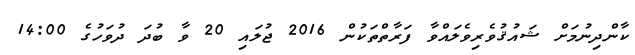
ކާންދިނުމަށް ޝައުޤުވެރިވެލައްވާ ފަރާތްތަކުން 2016 ޖުލައި 20 ވާ ބުދަ ދުވަހުގެ 14:00